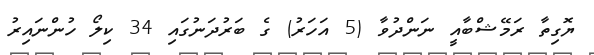
ޔޮގިތާ ރަމޭޝްބާއީ ނަންދުވާ (5 އަހަރު) ގެ ބަރުދަނުގައި 34 ކިލޯ ހުންނައިރު